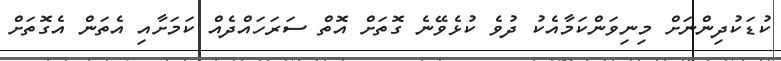
ކުޑަކުދިންނަށް މިނިވަންކަމާއެކު ދުވެ ކުޅެވޭނެ ގޮތަށް އޮތް ސަރަހައްދެއް ކަމަށާއި އެތަން އެގޮތަށް